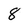
Character: 8